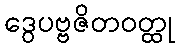
ဒွေပဗ္ဗဇိတဝတ္ထု